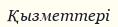
Қызметтері